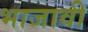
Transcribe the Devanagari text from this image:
भाजावी